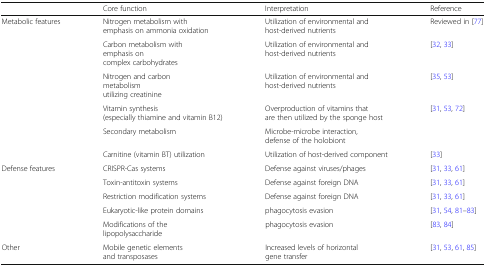
<table><thead><tr><td></td><td><b>Core function</b></td><td><b>Interpretation</b></td><td><b>Reference</b></td></tr></thead><tbody><tr><td rowspan="6">Metabolic features</td><td>Nitrogen metabolism with emphasis on ammonia oxidation</td><td>Utilization of environmental and host-derived nutrients</td><td>Reviewed in [77]</td></tr><tr><td>Carbon metabolism with emphasis on complex carbohydrates</td><td>Utilization of environmental and host-derived nutrients</td><td>[32, 33]</td></tr><tr><td>Nitrogen and carbon metabolism utilizing creatinine</td><td>Utilization of environmental and host-derived nutrients</td><td>[35, 53]</td></tr><tr><td>Vitamin synthesis (especially thiamine and vitamin B12)</td><td>Overproduction of vitamins that are then utilized by the sponge host</td><td>[31, 53, 72]</td></tr><tr><td>Secondary metabolism</td><td>Microbe-microbe interaction, defense of the holobiont</td><td></td></tr><tr><td>Carnitine (vitamin BT) utilization</td><td>Utilization of host-derived component</td><td>[33]</td></tr><tr><td rowspan="5">Defense features</td><td>CRISPR-Cas systems</td><td>Defense against viruses/phages</td><td>[31, 33, 61]</td></tr><tr><td>Toxin-antitoxin systems</td><td>Defense against foreign DNA</td><td>[31, 33, 61]</td></tr><tr><td>Restriction modification systems</td><td>Defense against foreign DNA</td><td>[31, 33, 61]</td></tr><tr><td>Eukaryotic-like protein domains</td><td>phagocytosis evasion</td><td>[31, 54, 81–83]</td></tr><tr><td>Modifications of the lipopolysaccharide</td><td>phagocytosis evasion</td><td>[83, 84]</td></tr><tr><td>Other</td><td>Mobile genetic elements and transposases</td><td>Increased levels of horizontal gene transfer</td><td>[31, 53, 61, 85]</td></tr></tbody></table>